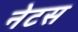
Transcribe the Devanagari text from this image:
नेटस